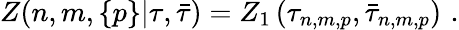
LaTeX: Z(n,m,\left\{ p\right\} |\tau,\bar{\tau})=Z_{1}\left(\tau_{n,m,p},\bar{\tau}_{n,m,p}\right)\, \, .